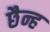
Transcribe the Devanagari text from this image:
छैन्ह